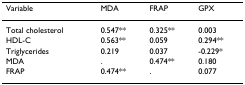
<table><thead><tr><td><b>Variable</b></td><td><b>MDA</b></td><td><b>FRAP</b></td><td><b>GPX</b></td></tr></thead><tbody><tr><td>Total cholesterol</td><td>0.547**</td><td>0.325**</td><td>0.003</td></tr><tr><td>HDL-C</td><td>0.563**</td><td>0.059</td><td>0.294**</td></tr><tr><td>Triglycerides</td><td>0.219</td><td>0.037</td><td>-0.229*</td></tr><tr><td>MDA</td><td>.</td><td>0.474**</td><td>0.180</td></tr><tr><td>FRAP</td><td>0.474**</td><td>.</td><td>0.077</td></tr></tbody></table>